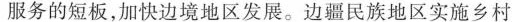
服务的短板，加快边境地区发展。边疆民族地区实施乡村